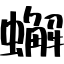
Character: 蠏